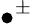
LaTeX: \bullet^{\pm}